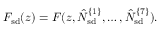
F _ { \mathrm { s d } } ( z ) = F ( z , \hat { N } _ { \mathrm { s d } } ^ { \{ 1 \} } , \ldots , \hat { N } _ { \mathrm { s d } } ^ { \{ 7 \} } ) .